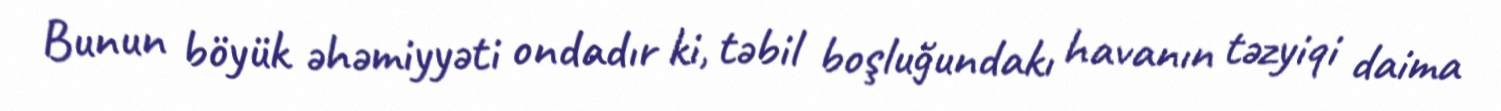
Bunun böyük əhəmiyyəti ondadır ki, təbil boşluğundakı havanın təzyiqi daima